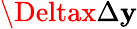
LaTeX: \Deltax\Delta\mathbf{y}